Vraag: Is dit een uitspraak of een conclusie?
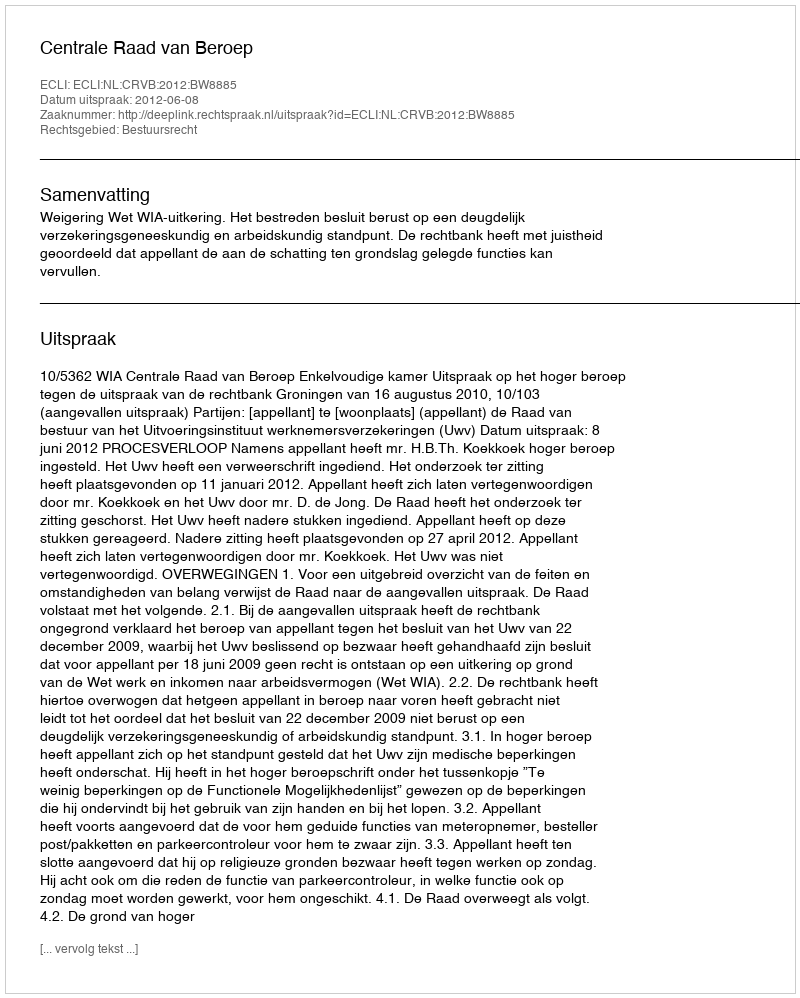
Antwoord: Uitspraak